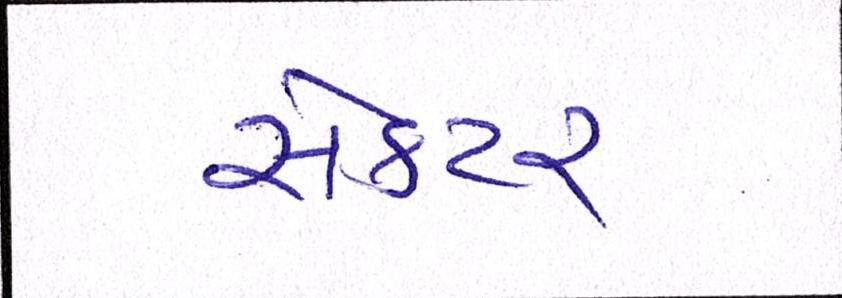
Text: સેકટર